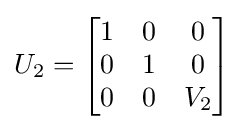
U_{2}={\begin{bmatrix}1&0&0\\0&1&0\\0&0&V_{2}\end{bmatrix}}